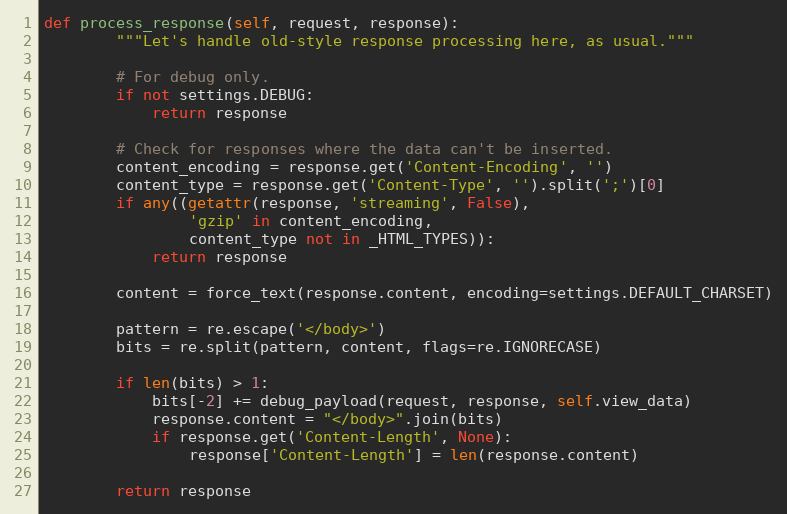
Language: Python
def process_response(self, request, response):
        """Let's handle old-style response processing here, as usual."""

        # For debug only.
        if not settings.DEBUG:
            return response

        # Check for responses where the data can't be inserted.
        content_encoding = response.get('Content-Encoding', '')
        content_type = response.get('Content-Type', '').split(';')[0]
        if any((getattr(response, 'streaming', False),
                'gzip' in content_encoding,
                content_type not in _HTML_TYPES)):
            return response

        content = force_text(response.content, encoding=settings.DEFAULT_CHARSET)

        pattern = re.escape('</body>')
        bits = re.split(pattern, content, flags=re.IGNORECASE)

        if len(bits) > 1:
            bits[-2] += debug_payload(request, response, self.view_data)
            response.content = "</body>".join(bits)
            if response.get('Content-Length', None):
                response['Content-Length'] = len(response.content)

        return response